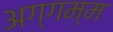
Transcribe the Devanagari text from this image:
अग्गम्म